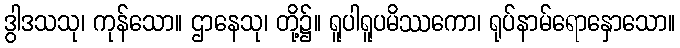
ဒွါဒသသု၊ ကုန်သော။ ဌာနေသု၊ တို့၌။ ရူပါရူပမိဿကော၊ ရုပ်နာမ်ရောနှောသော။